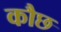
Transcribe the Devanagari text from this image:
कौछ